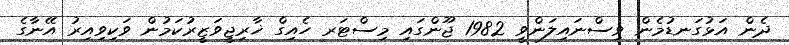
ދެން އަޅުގަނޑުމެން ވިސްނައިލަންވީ 1982 ޖޫންގައި މިސްޓަރ ހެއިގް ޚާރިޖީވަޒީރުކަމުން ވަކިވިއިރު އޭނާގެ